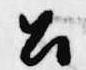
召